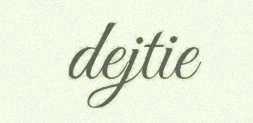
dejtie